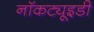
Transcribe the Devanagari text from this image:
नॉकट्यूइडी